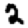
Digit: 2